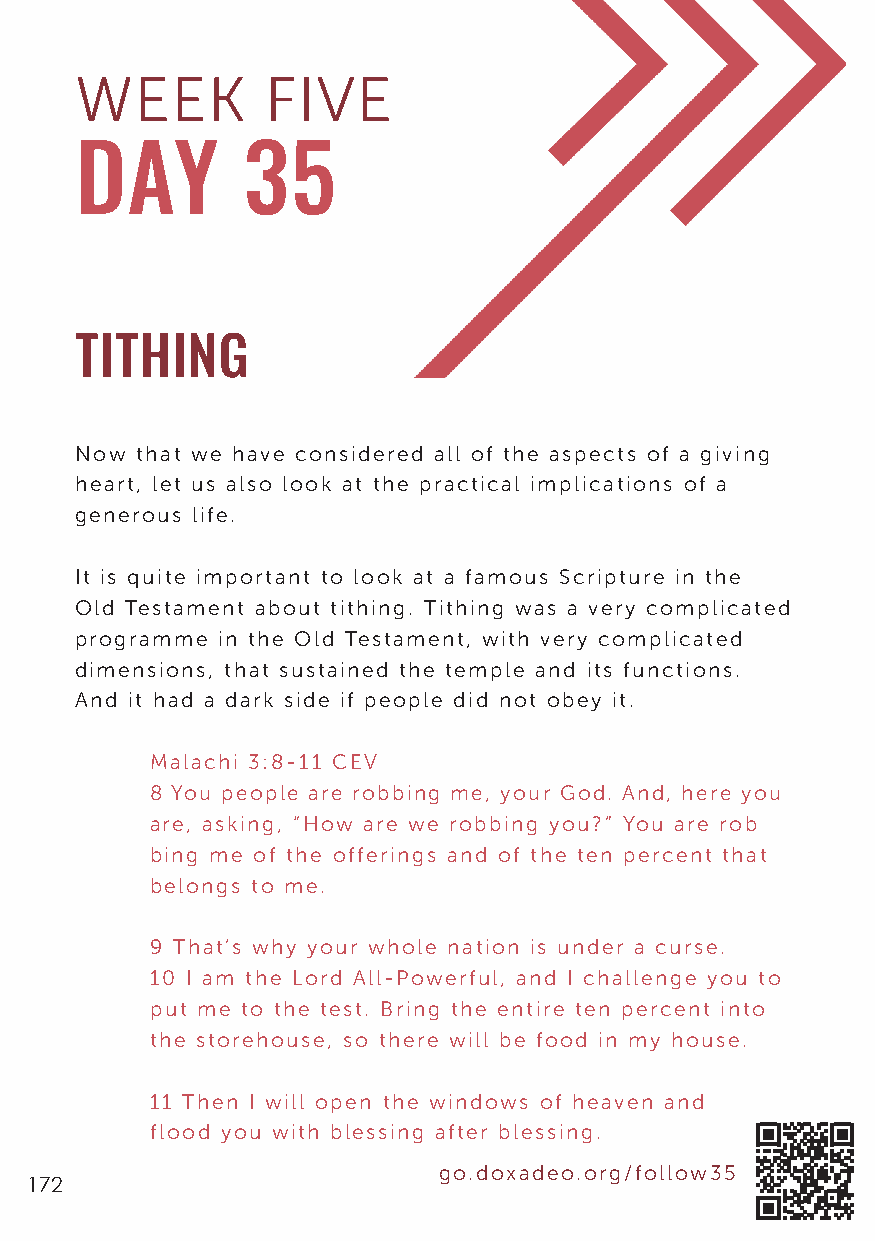
WEEK         FIVE
 DAY        35
 TITHING
 Now that we have considered all of the aspects of a giving
 heart, let us also look at the practical implications of a
 generous life.
 It is quite important to look at a famous Scripture in the
 Old Testament about tithing. Tithing was a very complicated
 programme in the Old Testament, with very complicated
 dimensions, that sustained the temple and its functions.
 And it had a dark side if people did not obey it.
 Malachi 3:8-11 CEV
 8 You people are robbing me, your God. And, here you
 are, asking, “How are we robbing you?” You are rob
 bing me of the offerings and of the ten percent that
 belongs to me.
 9 That’s why your whole nation is under a curse.
 10 I am the Lord All-Powerful, and I challenge you to
 put me to the test. Bring the entire ten percent into
 the storehouse, so there will be food in my house.
 11 Then I will open the windows of heaven and
 flood you with blessing after blessing.
 go.doxadeo.org/follow35
 172